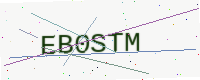
Text: EB0STM